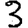
Digit: 3